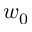
w _ { 0 }